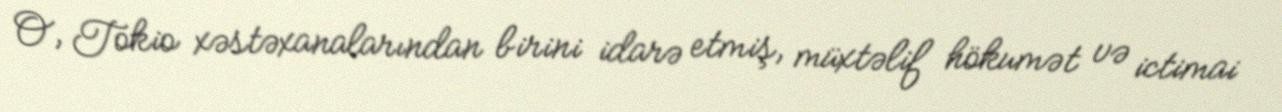
O, Tokio xəstəxanalarından birini idarə etmiş, müxtəlif hökumət və ictimai